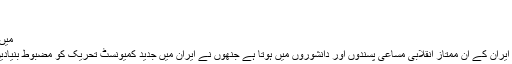
بقول شاعر
جب کہیں روئی ہے شاہی پھوٹ کر
میں ہنسا ہوں مرگِ زار وماتمِ چنگیز پر
کامریڈ ڈاکٹرتقی ارانی شہید کا شمار ایران کے ان ممتاز انقلابی مساعی پسندوں اور دانشوروں میں ہوتا ہے جنھوں نے ایران میں جدید کمیونسٹ تحریک کو مضبوط بنیادیں فراہم کرنے میں اہم کردار ادا کیا ۔